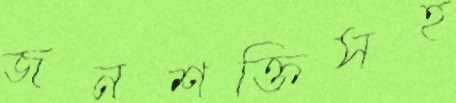
জনশক্তিসহ